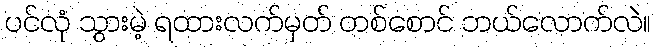
ပင်လုံ သွားမဲ့ ရထားလက်မှတ် တစ်စောင် ဘယ်လောက်လဲ။